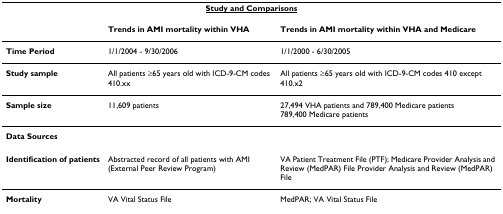
<table><thead><tr><td colspan="3"><b><underline>Study and Comparisons</underline></b></td></tr><tr><td></td><td><b>Trends in AMI mortality within VHA</b></td><td><b>Trends in AMI mortality within VHA and Medicare</b></td></tr></thead><tbody><tr><td><b>Time Period</b></td><td>1/1/2004 - 9/30/2006</td><td>1/1/2000 - 6/30/2005</td></tr><tr><td><b>Study sample</b></td><td>All patients ≥65 years old with ICD-9-CM codes 410.xx</td><td>All patients ≥65 years old with ICD-9-CM codes 410 except 410.x2</td></tr><tr><td><b>Sample size</b></td><td>11,609 patients</td><td>27,494 VHA patients and 789,400 Medicare patients789,400 Medicare patients</td></tr><tr><td><b>Data Sources</b></td><td></td><td></td></tr><tr><td><b>Identification of patients</b></td><td>Abstracted record of all patients with AMI (External Peer Review Program)</td><td>VA Patient Treatment File (PTF); Medicare Provider Analysis and Review (MedPAR) File Provider Analysis and Review (MedPAR) File</td></tr><tr><td><b>Mortality</b></td><td>VA Vital Status File</td><td>MedPAR; VA Vital Status File</td></tr></tbody></table>